Report on the lunatic asylums under the Government of Bombay - 1904-1913
Year: 1904
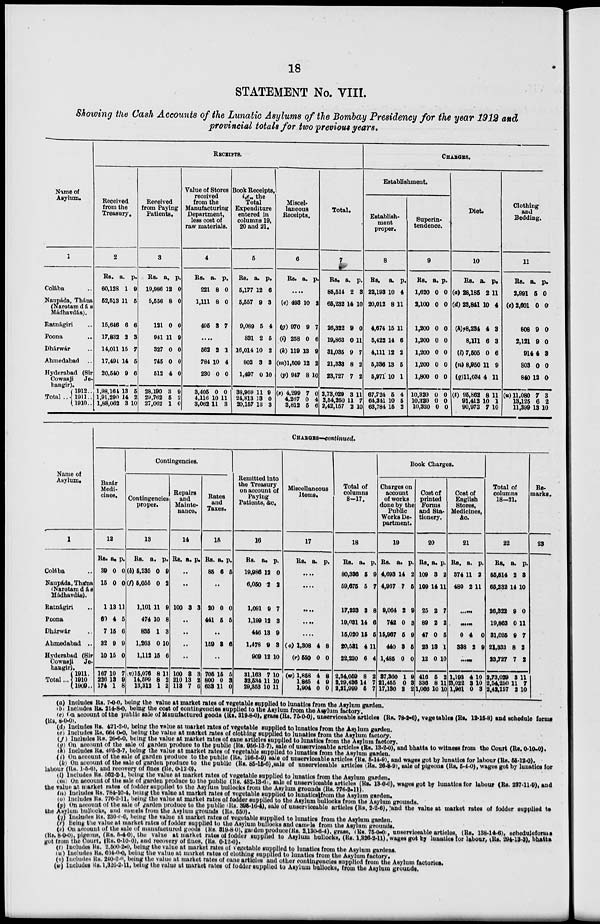
18
STATEMENT No. VIII.
Showing the Cash Accounts of the Lunatic Asylums of the Bombay Presidency for the year 1912 and
provincial totals for two previous years.
Name of
Asylum.
1
Colába ..
Naupáda, Thána
(Narotamdás
Mádhavdás).
Ratnágiri ..
Poona
..
Dhárwár ..
Ahmedabad ..
Hyderabad (Sir
Cowasji
Je-
hangir).
Total ..
1912 ..
1911 ..
1910 ..
RECEIPTS.
Received
from the
Treasury,
2
RS.
60,128
52,513
15,646
17,832
14,011
17,491
20,540
1,98,164
1,91,290
1,88,062
a.
1
11
6
2
15
14
9
13
14
3
p.
9
5
6
3
7
5
6
5
2
10
Received
from Paying
Patients.
3
Rs.
19,986
5,556
121
941
327
745
512
28,190
29,762
27,062
a.
12
8
0
11
0
0
4
3
5
1
p.
0
0
0
9
0
0
0
9
2
0
Value of Stores
received
from the
Manufacturing
Department,
less cost of
raw materials.
4
RS.
221
1,111
495
a.
8
8
3
p.
0
0
7
....
562
784
230
3,405
4,116
3,062
2
10
0
0
10
11
1
4
0
0
11
3
Book Receipts,
i.e., the
Total
Expenditure
entered in
columns 19,
20 and 21.
5
Rs.
5,177
5,557
9,089
831
16,014
802
1,497
38,969
24,813
20,157
a.
12
9
5
2
10
3
0
11
13
13
p.
6
3
4
5
2
3
10
9
0
3
Miscel-
laneous
Receipts.
6
Rs. a. p.
....
(c) 493
(g)970
(i) 258
(k) 119
(m)1,509
(p) 947
(s) 4,299
4,267
3,812
10
9
0
13
12
8
7
0
5
2
7
6
9
2
10
0
4
6
Total.
7
RS.
85,514
65,232
26,322
19,863
31,035
21,333
23,727
2,73,029
2,54,250
2,42,157
a.
2
14
9
0
9
8
7
3
11
2
p.
3
10
0
11
7
2
2
11
7
10
CHARGERS.
Establishment.
Establish-
ment
proper.
8
Rs.
22,193
20,012
4,674
5,422
4,111
5,336
5,971
67,724
64,341
63,784
a.
10
8
15
14
12
13
10
6
10
15
p.
4
11
11
6
2
6
1
4
5
2
Superin-
tendence.
9
Rs.
1,620
2,100
1,200
1,200
1,200
1,200
1,800
10,320
10,320
10,320
a.
0
0
0
0
0
0
0
0
0
0
p.
0
0
0
0
0
0
0
0
0
0
Diet.
10
RS.
(a) 28,185
(d) 23,841
(h) 8,234
8,111
(l) 7,505
(n) 8,950
(q)11,034
(t) 95,862
91,412
90,973
a.
2
10
4
6
0
11
4
8
10
7
p.
11
4
3
3
6
9
11
11
1
10
Clothing
and
Bedding.
11
RS.
2,991
(e) 2,601
808
2,121
914
803
840
(u) 11,080
13,125
11,399
a.
5
0
9
9
4
0
12
7
6
13
p.
0
0
0
0
3
0
0
3
2
10
Name of
Asylum.
1
Colába ..
Naupáda, Thána
(Narotam dás
Madhavdás).
Ratnágiri ..
Poona ..
Dhárwár ..
Ahmedabad ..
Hyderabad (Sir
Cowasji Je-
hangir).
Total ...
1911 ..
1910 ..
1909 ..
CHARGES—continued.
Bazár
Medi-
cines.
12
Rs.
39
15
1
60
7
32
10
167
226
174
a.
0
0
13
4
15
9
15
10
13
1
p.
0
0
11
5
6
9
0
7
9
8
Contingencies.
Contingencies
proper.
13
Rs.
(b) 5,235
(f) 5,055
1,101
474
835
1,263
1,112
(v)15,076
14,599
13,312
a.
0
0
11
10
1
0
15
8
8
1
p.
9
2
9
8
3
10
6
11
2
2
Repairs
and
Mainte-
nance.
14
RS. a. p.
..
..
100 3 3
..
..
..
..
100
210
113
3
13
7
3
2
6
Rates
and
Taxes.
15
RS.
85
a.
6
p.
5
..
20
441
0
5
0
5
..
159 3 6
..
705
800
633
15
0
11
5
3
0
Remitted into
the Treasury
on account of
Paying
Patients, &c.
16
Rs.
19,986
6,050
1,091
1,199
446
1,478
909
31,163
32,534
29,353
a.
12
2
9
12
13
9
12
7
11
10
p.
0
2
7
3
9
3
10
10
10
11
Miscellaneous
Items.
17
Rs. a. p.
....
....
....
....
....
(o) 1,308
(r) 550
(w) 1,858
1,865
1,904
4
0
4
4
0
8
0
8
9
0
Total of
columns
8—17.
18
RS.
80,336
59,675
17,233
19,031
15,020
20,531
22,230
2,34,059
2,29,436
2,21,999
a.
5
5
3
14
15
4
6
8
14
5
p.
9
7
8
6
5
11
4
2
7
7
Book Charges.
Charges on
account
of works
done by the
Public
Works De-
partment.
19
Rs.
4,693
4,967
9,064
742
15,967
440
1,485
37,360
21,455
17,130
a.
14
7
2
0
6
3
0
1
0
2
p.
2
5
9
3
9
5
0
9
3
2
Cost of
printed
Forms
and Sta-
tionery.
20
Rs.
109
109
25
89
47
23
12
416
336
1,066
a.
3
14
2
2
0
13
0
5
8
10
p.
2
11
7
2
5
1
10
2
11
10
Cost of
English
Stores,
Medicines,
&c.
21
RS.
374
480
a.
11
2
p.
2
11
....
0
338
4
2
0
9
....
1,193
3,022
1,961
4
3
0
10
10
3
Total of
columns
18—21.
22
Rs.
85,514
65,232
26,322
19,863
31,035
21,333
23,727
2,73,029
2,54,250
2,42,157
a.
2
14
9
0
9
8
7
3
11
2
p.
3
10
0
11
7
2
2
11
7
10
Re-
marks.
23
(a) Includes Rs. 7-0-0, being the value at market rates of vegetable supplied to lunatics from the Asylum garden.
(b) Includes RS. 214-8-0, being the cost of contingencies supplied to the Asylum from the Asylum factory.
(c) On account of the public sale of Manufactured goods (Rs. 319-8-0), grass (Rs. 75-0-0), unserviceable articles (Rs. 78-2-6), vegetables (Rs. 12-15-8) and schedule forms
(Rs 8-0-0).
(d) Includes Rs. 421-2-0, being the value at market rates of vegetable supplied to lunatics from the Asylum garden.
(e) Includes Rs. 664-0-0, being the value at market rates of clothing supplied to lunatics from the Asylum factory.
(f) Includes Rs. 26-6-0, being the value at market rates of cane articles supplied to lunatics from the Asylum factory.
(g) On account of the sale of garden produce to the public (Rs. 956-13-7), sale of unserviceable articles (Rs. 13-2-0), and bhatta to witness from the Court (Rs. 0-10-0).
(h) Iucludes Rs. 495-3-7, being the value at market rates of vegetable supplied to lunatics from the Asylum garden.
(i) On account of the sale of garden produce to the public (Rs. 196-5-9) sale of unserviceable articles (Rs. 5-14-9), and wages got by lunatics for labour (Rs. 55-12-0).
(k) On account of the sale of garden produce to the public (Rs. 85-15-6),sale of unserviceable articles (Rs. 26-8-9. sale of pigeons (Rs. 5-4-0), wages got by lunatics for
labour (Rs. 1-5-6), and recovery of fines (Rs. 0-12-0).
(l) includes Rs. 562-2-1, being the value at market rates of vegetable supplied to lunatics from the Asylum garden.
(m) On account of the sale of garden produce to the public (Rs. 482-13-6), sale of unserviceable articles (Rs. 13-0-0), wages got by lunatics for labour (Rs. 237-11-9), and
the value at market rates of fodder supplied to the Asylum bullocks from the Asylum grounds (Rs. 776-2-11).
(n) Iucludes Rs. 784-10-4, being the value at market rates of vegetable supplied to lunatics from the Asylum garden.
(o) Includes Rs. 776-2-11, being the value at market rates of fodder supplied to the Asylum bullocks from the Asylum grounds.
(p) On account of the sale of garden produce to the public Rs. 395-16-4), sale of unserviceable articles (Rs. 2-2-6), and the value at market rates of fodder supplied to
the Asylum bullocks, and camels from the Asylum grounds (Rs. 550).
(q) Includes Rs. 230-0-0, being the value at market rates of vegetable supplied to lunatics from the Asylum garden.
(r) Being the value at market rates of fodder supplied to the Asylum bullocks and camels from the Asylum grounds.
(s) On account of the sale of manufactured goods (Rs. 319-8-0), garden produce (Rs. 2,130-6-4). grass, (Rs. 75-0-0), unserviceable articles. (Rs. 138-14-6), scheduleforms
(Rs. 8-0-0), pigeons, (RS. 5-4-0), the value at market rates of fodder supplied to Asylum bullocks, (Rs. 1,326-2-11), wages got by lunatics for labour, (Rs. 294-13-3), bhatta
got from the Court, (Rs. 0-10-0), and recovery of fines, (Rs. 0-12-0).
(t) Includes Rs. 2,500-2-0, being the value at market rates of vegetable supplied to lunatics from the Asylum gardens.
(u) Includes Rs. 634-0-0, being the value at market rates of clothing supplied to lunatics from the Asylum factory,
(v) Includes Rs. 240-2-0, being the value at market rates of cane articles and other contingencies supplied from the Asylum factories.
(w) Includes Rs. 1,326-2-11, being the value at market rates of fodder supplied to Asylum bullocks, from the Asylum grounds.